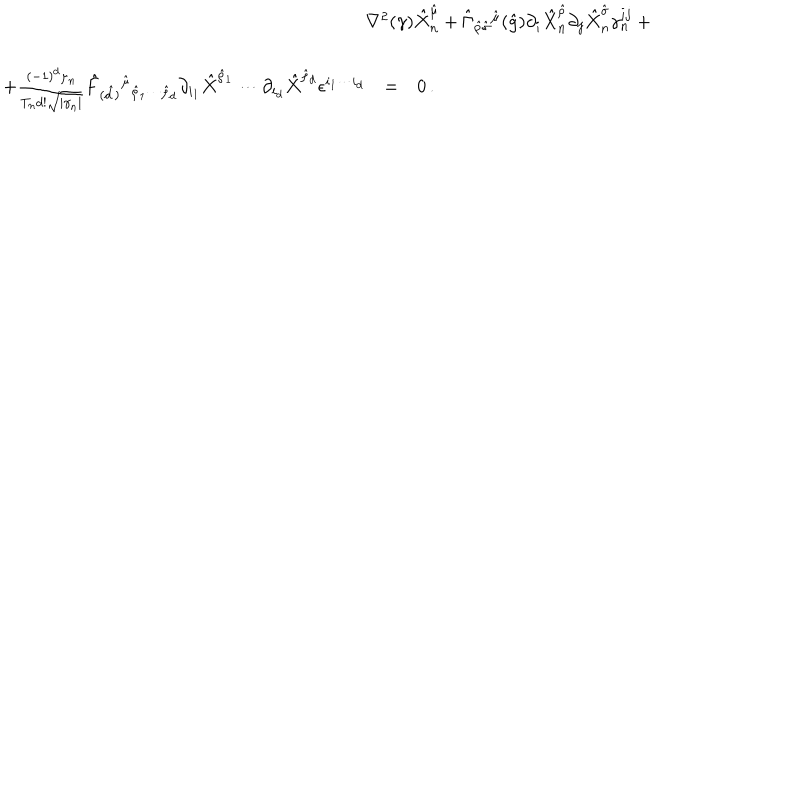
\begin{array} { r c l } { { \nabla ^ { 2 } ( \gamma ) \hat { X } _ { n } ^ { \hat { \mu } } + \hat { \Gamma } _ { \hat { \rho } \hat { \sigma } } { } ^ { \hat { \mu } } ( \hat { g } ) \partial _ { i } \hat { X } _ { n } ^ { \hat { \rho } } \partial _ { j } \hat { X } _ { n } ^ { \hat { \sigma } } \gamma _ { n } ^ { i j } + \hspace { 7 c m } } } & { { } } & { { } } \\ { { } } & { { } } & { { } } \\ { { + \frac { ( - 1 ) ^ { d } \mu _ { n } } { T _ { n } d ! \sqrt { | \gamma _ { n } | } } \hat { F } _ { ( \hat { d } ) } { } ^ { \hat { \mu } } { } _ { \hat { \rho } _ { 1 } \cdots \hat { \rho } _ { d } } \partial _ { i _ { 1 } } \hat { X } ^ { \hat { \rho } _ { 1 } } \cdots \partial _ { i _ { d } } \hat { X } ^ { \hat { \rho } _ { d } } \epsilon ^ { i _ { 1 } \cdots i _ { d } } } } & { { = } } & { { 0 \, . } } \\ \end{array}